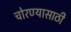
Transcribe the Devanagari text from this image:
चोरण्यासाठी